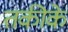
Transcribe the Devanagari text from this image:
तकीके